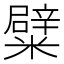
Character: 糪